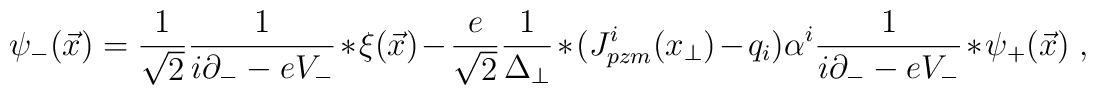
\psi_{-}(\vec{x}) = \frac{1}{\sqrt{2}} \frac{1}{i\partial_{-} -e V_{-}} \ast \xi (\vec{x}) - \frac{e}{\sqrt{2}}\frac{1}{\Delta_{\perp}} \ast (J_{pzm}^i (x_\perp) - q_{i} )\alpha^i \frac{1}{i\partial_{-} - e V_{-}} \ast\psi_{+} (\vec{x}) \;,